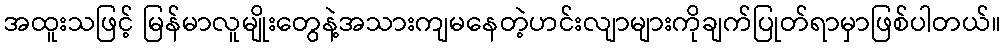
အထူးသဖြင့် မြန်မာလူမျိုးတွေနဲ့အသားကျမနေတဲ့ဟင်းလျာများကိုချက်ပြုတ်ရာမှာဖြစ်ပါတယ်။